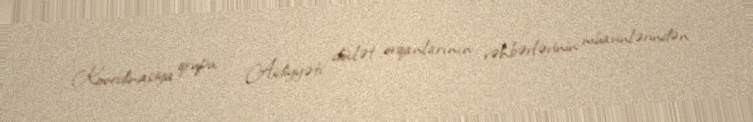
Koordinasiya qrupu; - Aidiyyəti dövlət orqanlarının rəhbərlərinin müavinlərindən